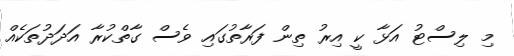
މި ލިސްޓު އަޅާ ކީ އިރު ތިން ފަރާތުގައި ވެސް ގާތްކުރާ އަދަދުތަކެއް